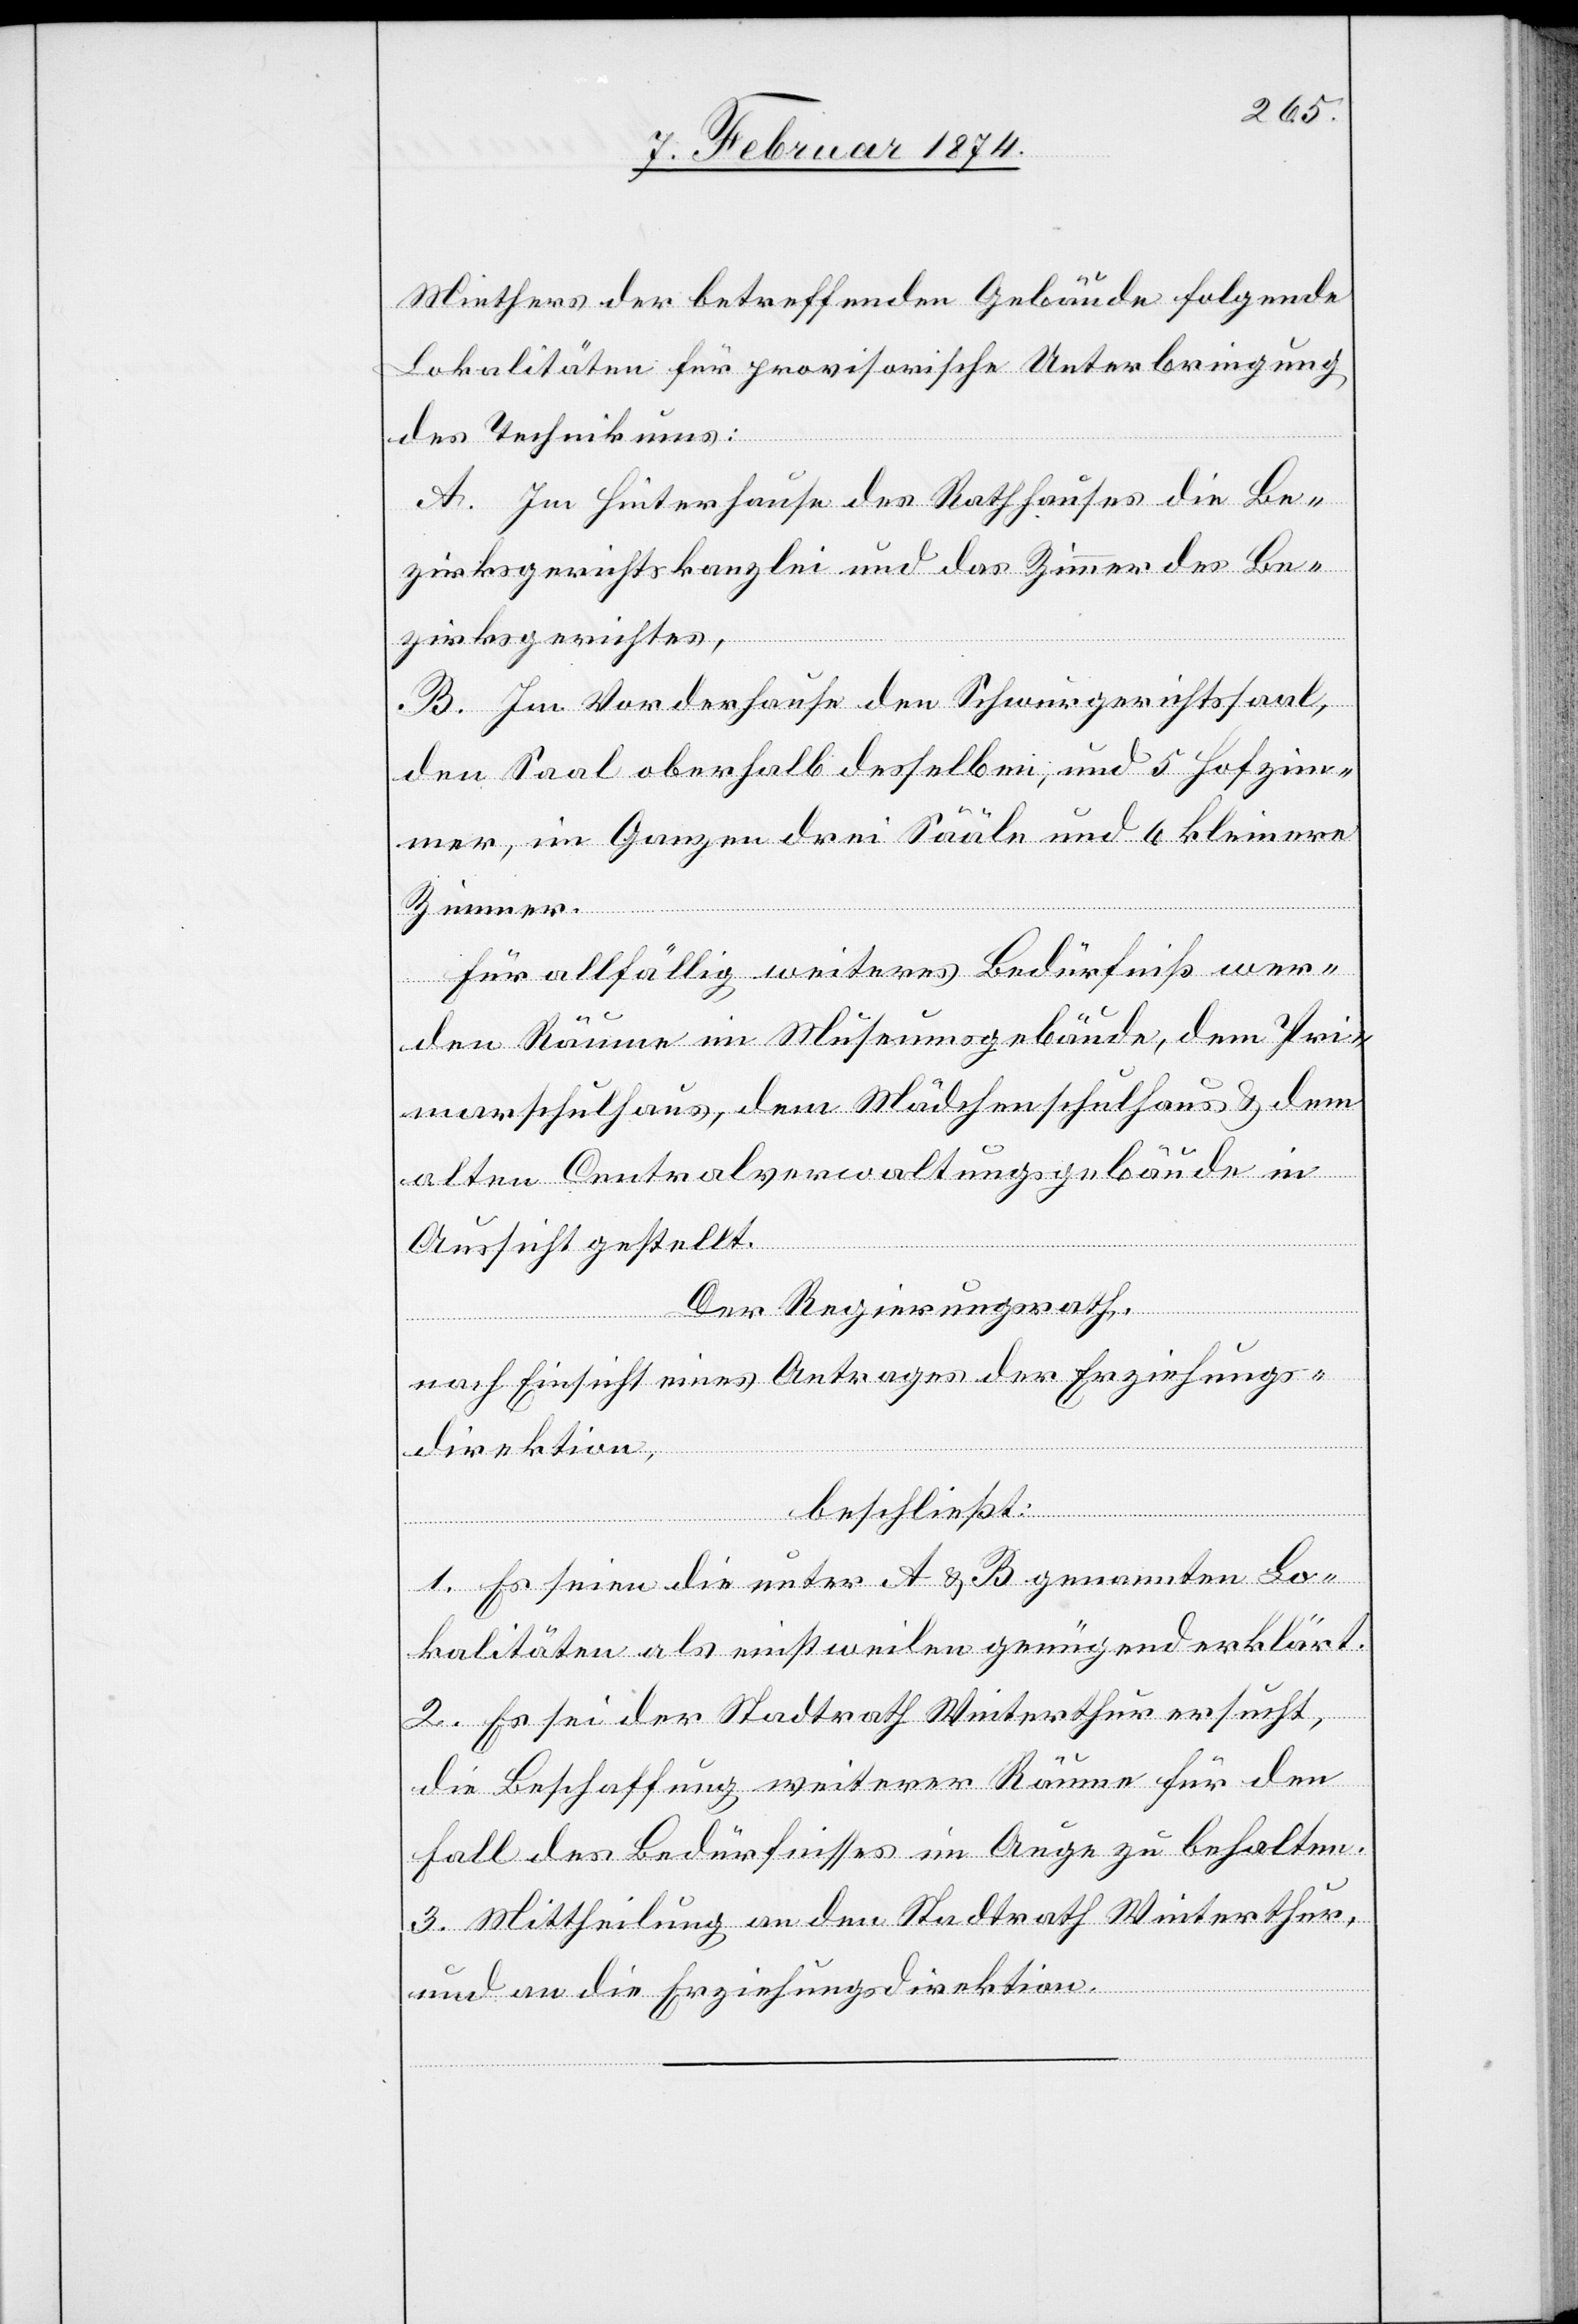
Miethers der betreffenden Gebäuden folgende
Lokalitäten für provisorische Unterbringung
des Technikums:
A. Im Hinterhause des Rathauses die Be¬
zirksgerichtskanzlei und das Zimmer des Be¬
zirksgerichtes,
B. Im Vorderhause den Schwurgerichtssaal,
den Saal oberhalb desselben, und 5 Hofzim¬
mer, im Ganzen drei Sääle und 6 kleinere
Zimmer.
Für allfällig weiteres Bedürfniß wer¬
den Räume im Museumsgebäude, dem Pri¬
marschulhaus, dem Mädchenschulhaus u. dem
alten Centralverwaltungsgebäude in
Aussicht gestellt.
Der Regierungsrath,
nach Einsicht eines Antrages der Erziehungs¬
direktion,
beschließt:
1. Es seien die unter A u. B. genannten Lo¬
kalitäten als einstweilen genügend erklärt.
2. Es sei der Stadtrath Winterthur ersucht,
die Beschaffung weiterer Räume für den
Fall des Bedürfnisses im Auge zu behalten.
3. Mittheilung an den Stadtrath Winterthur,
und an die Erziehungsdirektion.